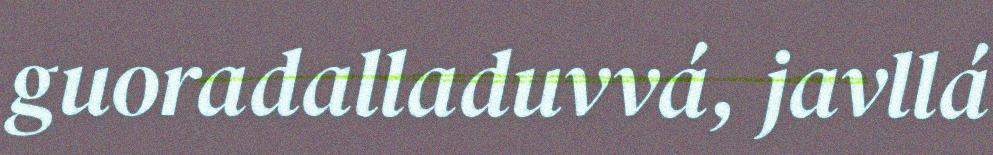
guoradalladuvvá, javllá